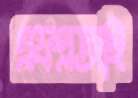
এফএআই